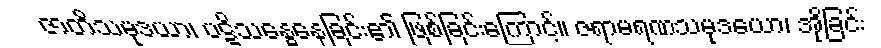
ဇာတိသမုဒယာ၊ ပဋိသန္ဓေနေခြင်း၏ ဖြစ်ခြင်းကြောင့်။ ဇရာမရဏသမုဒယော၊ အိုခြင်း